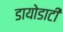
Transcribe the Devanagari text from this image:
डायोडाटी